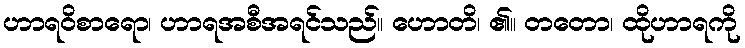
ဟာရဝိစာရော၊ ဟာရအစီအရင်သည်။ ဟောတိ၊ ၏။ တတော၊ ထိုဟာရကို